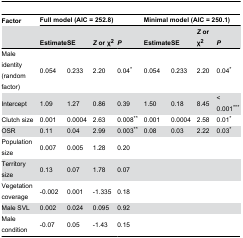
<table><thead><tr><td><b>Factor</b></td><td colspan="4"><b>Full model (AIC = 252.8)</b></td><td colspan="4"><b>Minimal model (AIC = 250.1)</b></td></tr><tr><td></td><td><b>Estimate</b></td><td><b>SE</b></td><td><b><i>Z</i> or χ<sup>2</sup></b></td><td><b><i>P</i></b></td><td><b>Estimate</b></td><td><b>SE</b></td><td><b><i>Z</i> or χ<sup>2</sup></b></td><td><b><i>P</i></b></td></tr></thead><tbody><tr><td>Male identity (random factor)</td><td>0.054</td><td>0.233</td><td>2.20</td><td>0.04*</td><td>0.054</td><td>0.233</td><td>2.20</td><td>0.04*</td></tr><tr><td>Intercept</td><td>1.09</td><td>1.27</td><td>0.86</td><td>0.39</td><td>1.50</td><td>0.18</td><td>8.45</td><td>&lt; 0.001***</td></tr><tr><td>Clutch size</td><td>0.001</td><td>0.0004</td><td>2.63</td><td>0.008**</td><td>0.001</td><td>0.0004</td><td>2.58</td><td>0.01*</td></tr><tr><td>OSR</td><td>0.11</td><td>0.04</td><td>2.99</td><td>0.003**</td><td>0.08</td><td>0.03</td><td>2.22</td><td>0.03*</td></tr><tr><td>Population size</td><td>0.007</td><td>0.005</td><td>1.28</td><td>0.20</td><td></td><td></td><td></td><td></td></tr><tr><td>Territory size</td><td>0.13</td><td>0.07</td><td>1.78</td><td>0.07</td><td></td><td></td><td></td><td></td></tr><tr><td>Vegetation coverage</td><td>-0.002</td><td>0.001</td><td>-1.335</td><td>0.18</td><td></td><td></td><td></td><td></td></tr><tr><td>Male SVL</td><td>0.002</td><td>0.024</td><td>0.095</td><td>0.92</td><td></td><td></td><td></td><td></td></tr><tr><td>Male condition</td><td>-0.07</td><td>0.05</td><td>-1.43</td><td>0.15</td><td></td><td></td><td></td><td></td></tr></tbody></table>